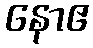
နောဧ